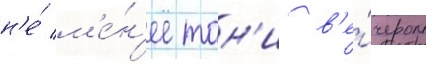
н'е́ м'е́н'ее тон'и в'е́чером